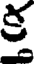
క్త